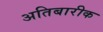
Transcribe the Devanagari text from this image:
अतिबारीक